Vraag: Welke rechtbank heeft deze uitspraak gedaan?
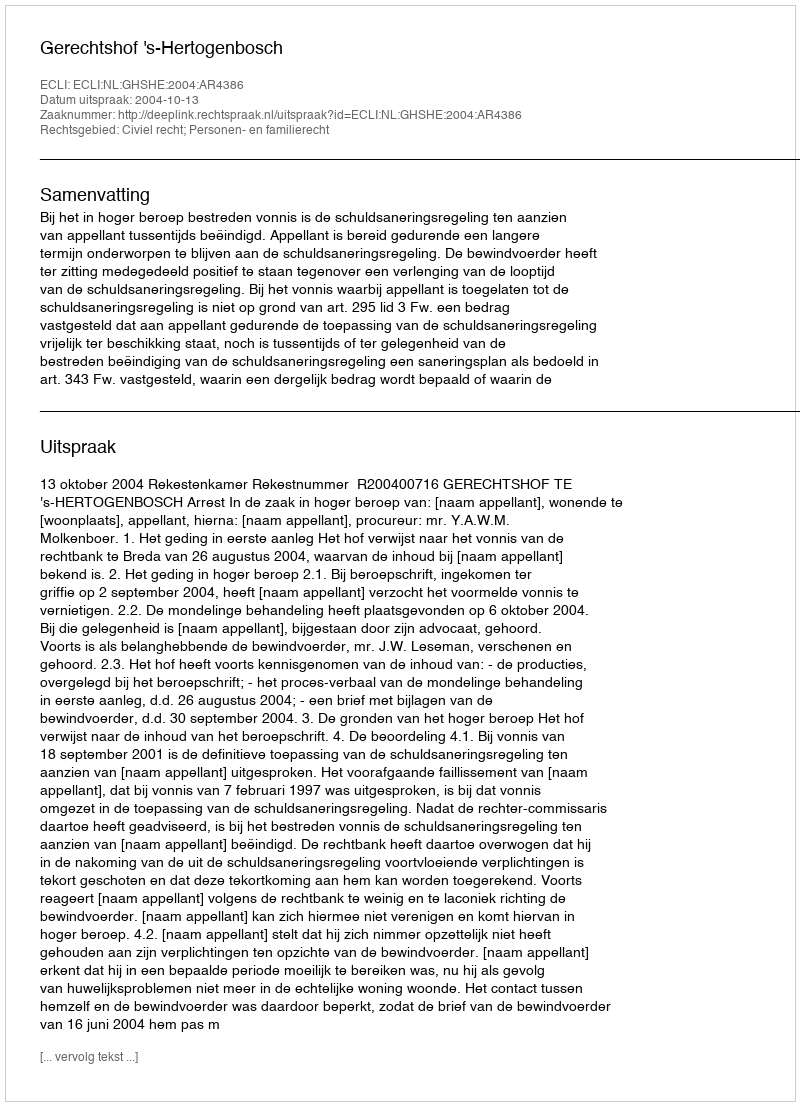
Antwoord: Gerechtshof 's-Hertogenbosch